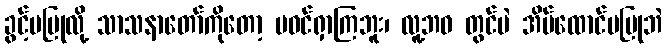
ခွင့်မပြုလို့ သာသနာတော်ကိုတော့ မဝင်ရှာကြဘူး၊ လူ့ဘဝ တွင်ပဲ အိမ်ထောင်မပြုဘဲ